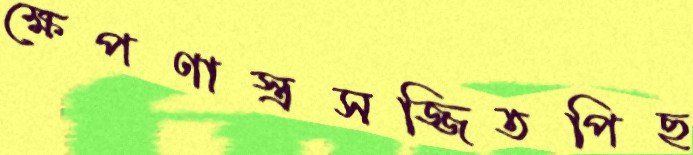
ক্ষেপণাস্ত্রসজ্জিতপিছ